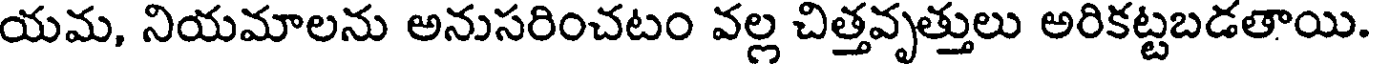
యమ, నియమాలను అనుసరించటం వల్ల చిత్తవృత్తులు అరికట్టబడతాయి.